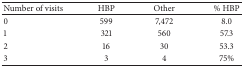
| Number of visits | HBP | Other | % HBP |
 | --- | --- | --- | --- |
 | 0 | 599 | 7,472 | 8.0 |
 | 1 | 321 | 560 | 57.3 |
 | 2 | 16 | 30 | 53.3 |
 | 3 | 3 | 4 | 75% |